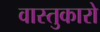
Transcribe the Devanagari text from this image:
वास्तुकारो